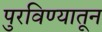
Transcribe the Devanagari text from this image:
पुरविण्यातून